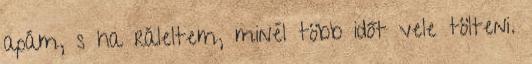
apám, s ha ráleltem, minél több időt vele tölteni.